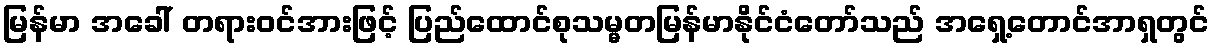
မြန်မာ အခေါ် တရားဝင်အားဖြင့် ပြည်ထောင်စုသမ္မတမြန်မာနိုင်ငံတော်သည် အရှေ့တောင်အာရှတွင်